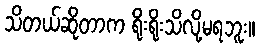
သိတယ်ဆိုတာက ရိုးရိုးသိလို့မရဘူး။